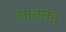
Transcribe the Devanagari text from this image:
आततन